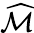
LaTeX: \widehat{\mathcal{M}}